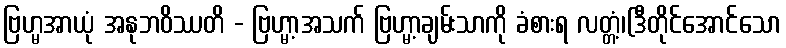
ဗြဟ္မအာယုံ အနုဘဝိဿတိ - ဗြဟ္မာ့အသက် ဗြဟ္မာ့ချမ်းသာကို ခံစားရ လတ္တံ့၊(ဒီတိုင်အောင်သော